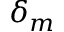
\delta _ { m }